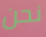
نحن